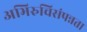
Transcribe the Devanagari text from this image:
अभिरुचिसंपन्नता